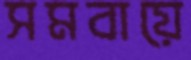
সমবায়ে